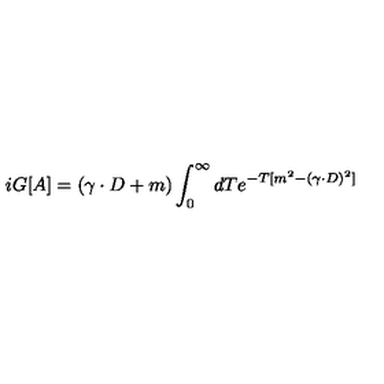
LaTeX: i G [ A ] = ( \gamma \cdot D + m ) \int _ { 0 } ^ { \infty } d T e ^ { - T [ m ^ { 2 } - ( \gamma \cdot D ) ^ { 2 } ] }